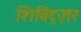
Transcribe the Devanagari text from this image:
शिविट्ज़र